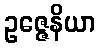
ဥဇ္ဇေနိယာ